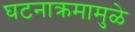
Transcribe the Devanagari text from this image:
घटनाक्रमामुळे